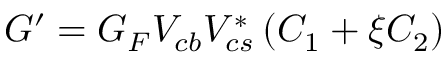
G ^ { \prime } = { G _ { F } } V _ { c b } V _ { c s } ^ { * } \left( C _ { 1 } + \xi C _ { 2 } \right)